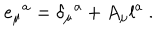
LaTeX: e _ { \mu } { } ^ { a } = \delta _ { \mu } { } ^ { a } + A _ { \mu } l ^ { a } \ .